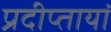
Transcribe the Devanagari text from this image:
प्रदीप्तायां